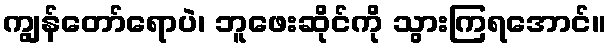
ကျွန်တော်ရောပဲ၊ ဘူဖေးဆိုင်ကို သွားကြရအောင်။